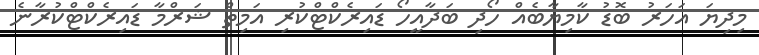
މިދިޔަ އަހަރު ބޮޑު ކާމިޔާބެއް ހޯދި ބަދާއީހޯ ޑައިރެކްޓްކުރި އަމިތް ޝަރްމާ ޑައިރެކްޓްކުރާނެ